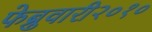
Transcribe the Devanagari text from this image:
फेब्रुवारी२०१०